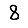
Digit: 8